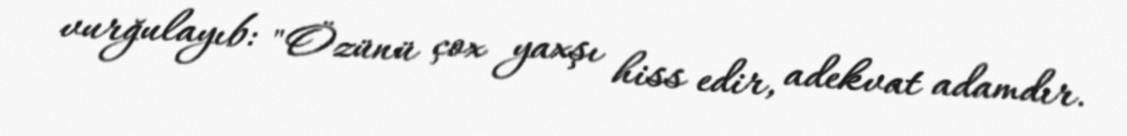
vurğulayıb: "Özünü çox yaxşı hiss edir, adekvat adamdır.